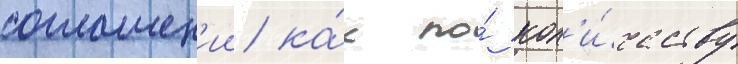
соглашен'ии ка́к по́ кол'и́честву